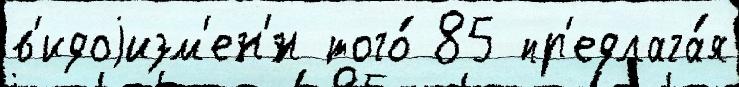
в'идоjизм'ен'́н того́ 85 пр'едлага́я